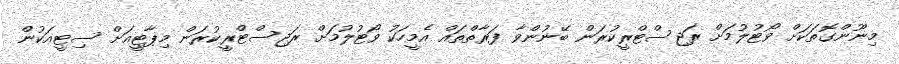
މިނޫންގޮތަކަށް ވޯޓުލުމަށް ރަޖިސްޓްރީކުރަން ބޭނުންވާ ފަރާތްތައް އެމީހަކު ވޯޓުލުމަށް ރަޖިސްޓްރީކުރަން މިޕާޓީއަށް ސިޓީއަކުން